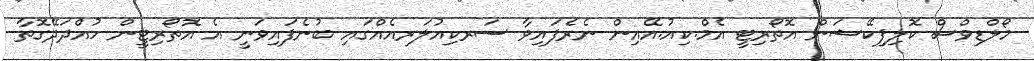
މޯލްޑިވްސް ކޮލިފިކޭޝަން އޮތޯރިޓީ އެމް.ކިއު.އޭއިން ނެރެފައިވާ ސަރކިއުލަރއެއްގައި ބުނެފައިވަނީ އެ އޮތޯރިޓީން ހުއްދަދޭގޮތާ